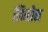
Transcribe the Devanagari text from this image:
लिनोन